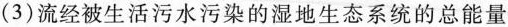
（3）流经被生活污水污染的湿地生态系统的总能量